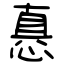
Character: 㥲